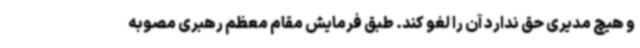
و هیچ مدیری حق ندارد آن را لغو کند. طبق فرمایش مقام معظم رهبری مصوبه